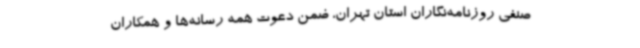
صنفی روزنامه‌نگاران استان تهران، ضمن دعوت همه رسانه‌ها و همکاران